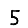
Digit: 5